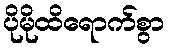
ပိုမိုထိရောက်စွာ